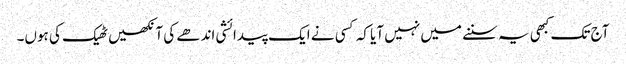
‏ آج تک کبھی یہ سننے میں نہیں آیا کہ کسی نے ایک پیدائشی اندھے کی آنکھیں ٹھیک کی ہوں۔